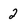
Character: 2